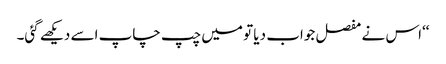
‘‘اس نے مفصل جواب دیا تو میں چپ چاپ اسے دیکھے گئی۔